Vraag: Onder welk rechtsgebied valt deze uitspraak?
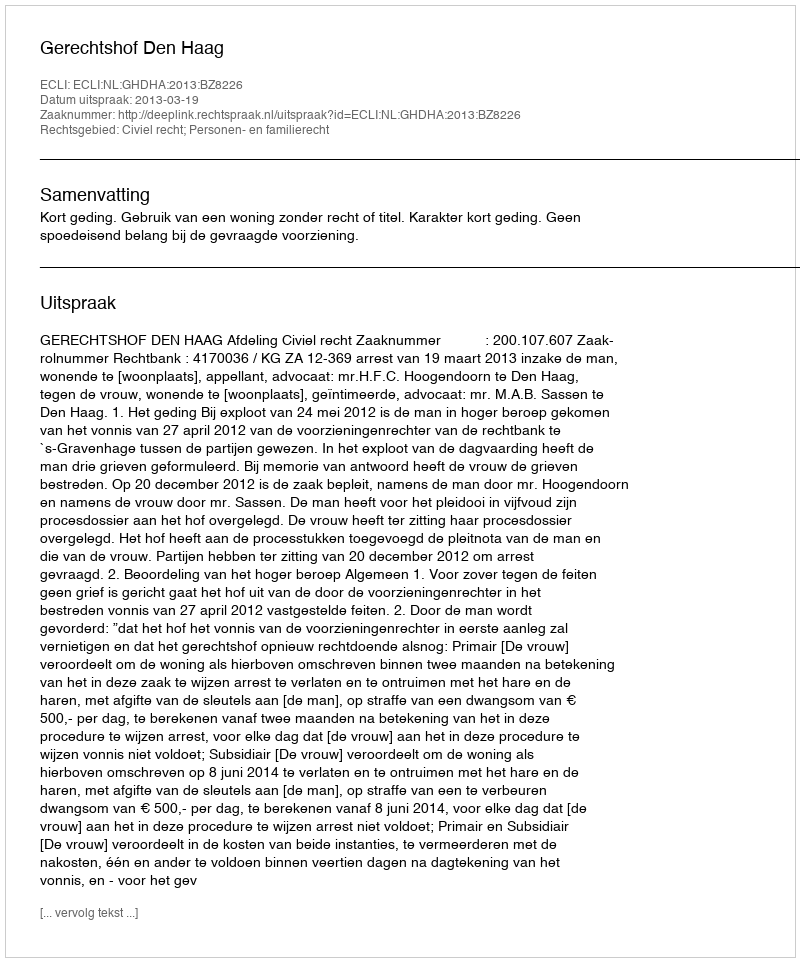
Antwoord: Civiel recht; Personen- en familierecht